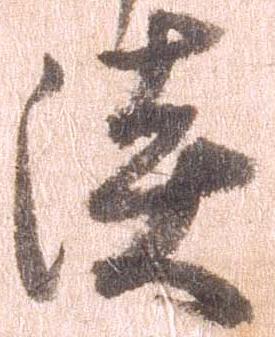
談